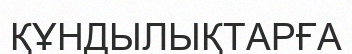
ҚҰНДЫЛЫҚТАРҒА